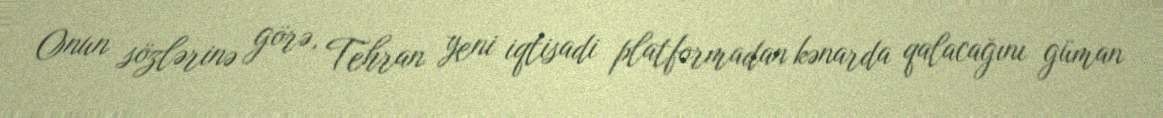
Onun sözlərinə görə, Tehran yeni iqtisadi platformadan kənarda qalacağını güman